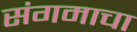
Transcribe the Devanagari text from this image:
संगमाचा